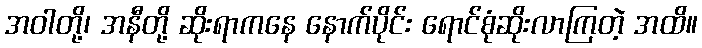
အဝါတို့၊ အနီတို့ ဆိုးရာကနေ နောက်ပိုင်း ရောင်စုံဆိုးလာကြတဲ့ အထိ။